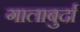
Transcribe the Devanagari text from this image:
गालाबुर्दा